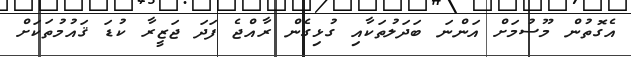
އެގޮތުން މޫސުމަށް އަންނަ ބަދަލުތަކާއި ގުޅިގެން ރާއްޖެ ފަދަ ޖަޒީރާ ކުޑަ ޤައުމުތަކަށް